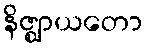
နိဇ္ဈာယတော